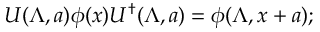
U ( \Lambda , a ) \phi ( x ) U ^ { \dagger } ( \Lambda , a ) = \phi ( \Lambda , x + a ) ;